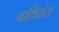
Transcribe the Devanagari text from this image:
पार्थियंस